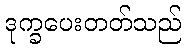
ဒုက္ခပေးတတ်သည်